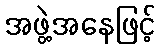
အဖွဲ့အနေဖြင့်